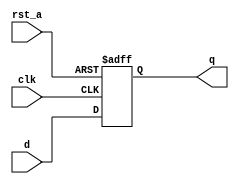
module FlipFlop #(parameter Bits = 1)(
input clk,rst_a,
input [Bits - 1 : 0] d,
output reg [Bits - 1 : 0] q
);

always @(posedge clk or negedge rst_a)
	begin
		if(!rst_a)
			begin
				q <= 0;
			end
		else
			begin
				q <= d;
			end
	end

endmodule